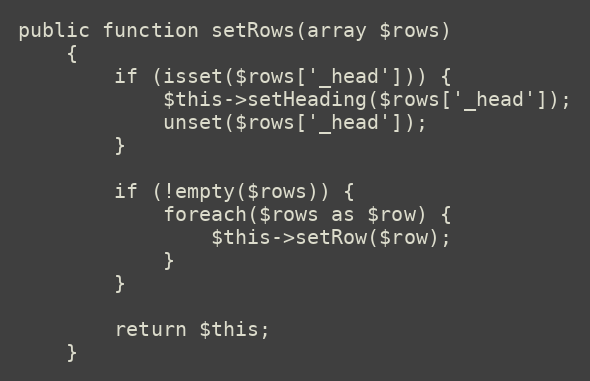
Language: PHP
public function setRows(array $rows)
    {
        if (isset($rows['_head'])) {
            $this->setHeading($rows['_head']);
            unset($rows['_head']);
        }

        if (!empty($rows)) {
            foreach($rows as $row) {
                $this->setRow($row);
            }
        }

        return $this;
    }